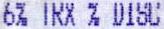
6% TRX % DISC